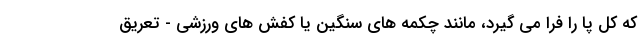
که کل پا را فرا می گیرد، مانند چکمه های سنگین یا کفش های ورزشی - تعریق